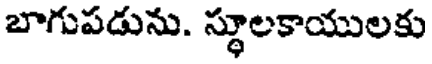
బాగుపడును. స్థూలకాయులకు